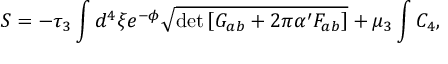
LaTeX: S = - \tau _ { 3 } \int d ^ { 4 } \xi e ^ { - \phi } \sqrt { \operatorname * { d e t } \left[ G _ { a b } + 2 \pi \alpha ^ { \prime } F _ { a b } \right] } + \mu _ { 3 } \int C _ { 4 } ,